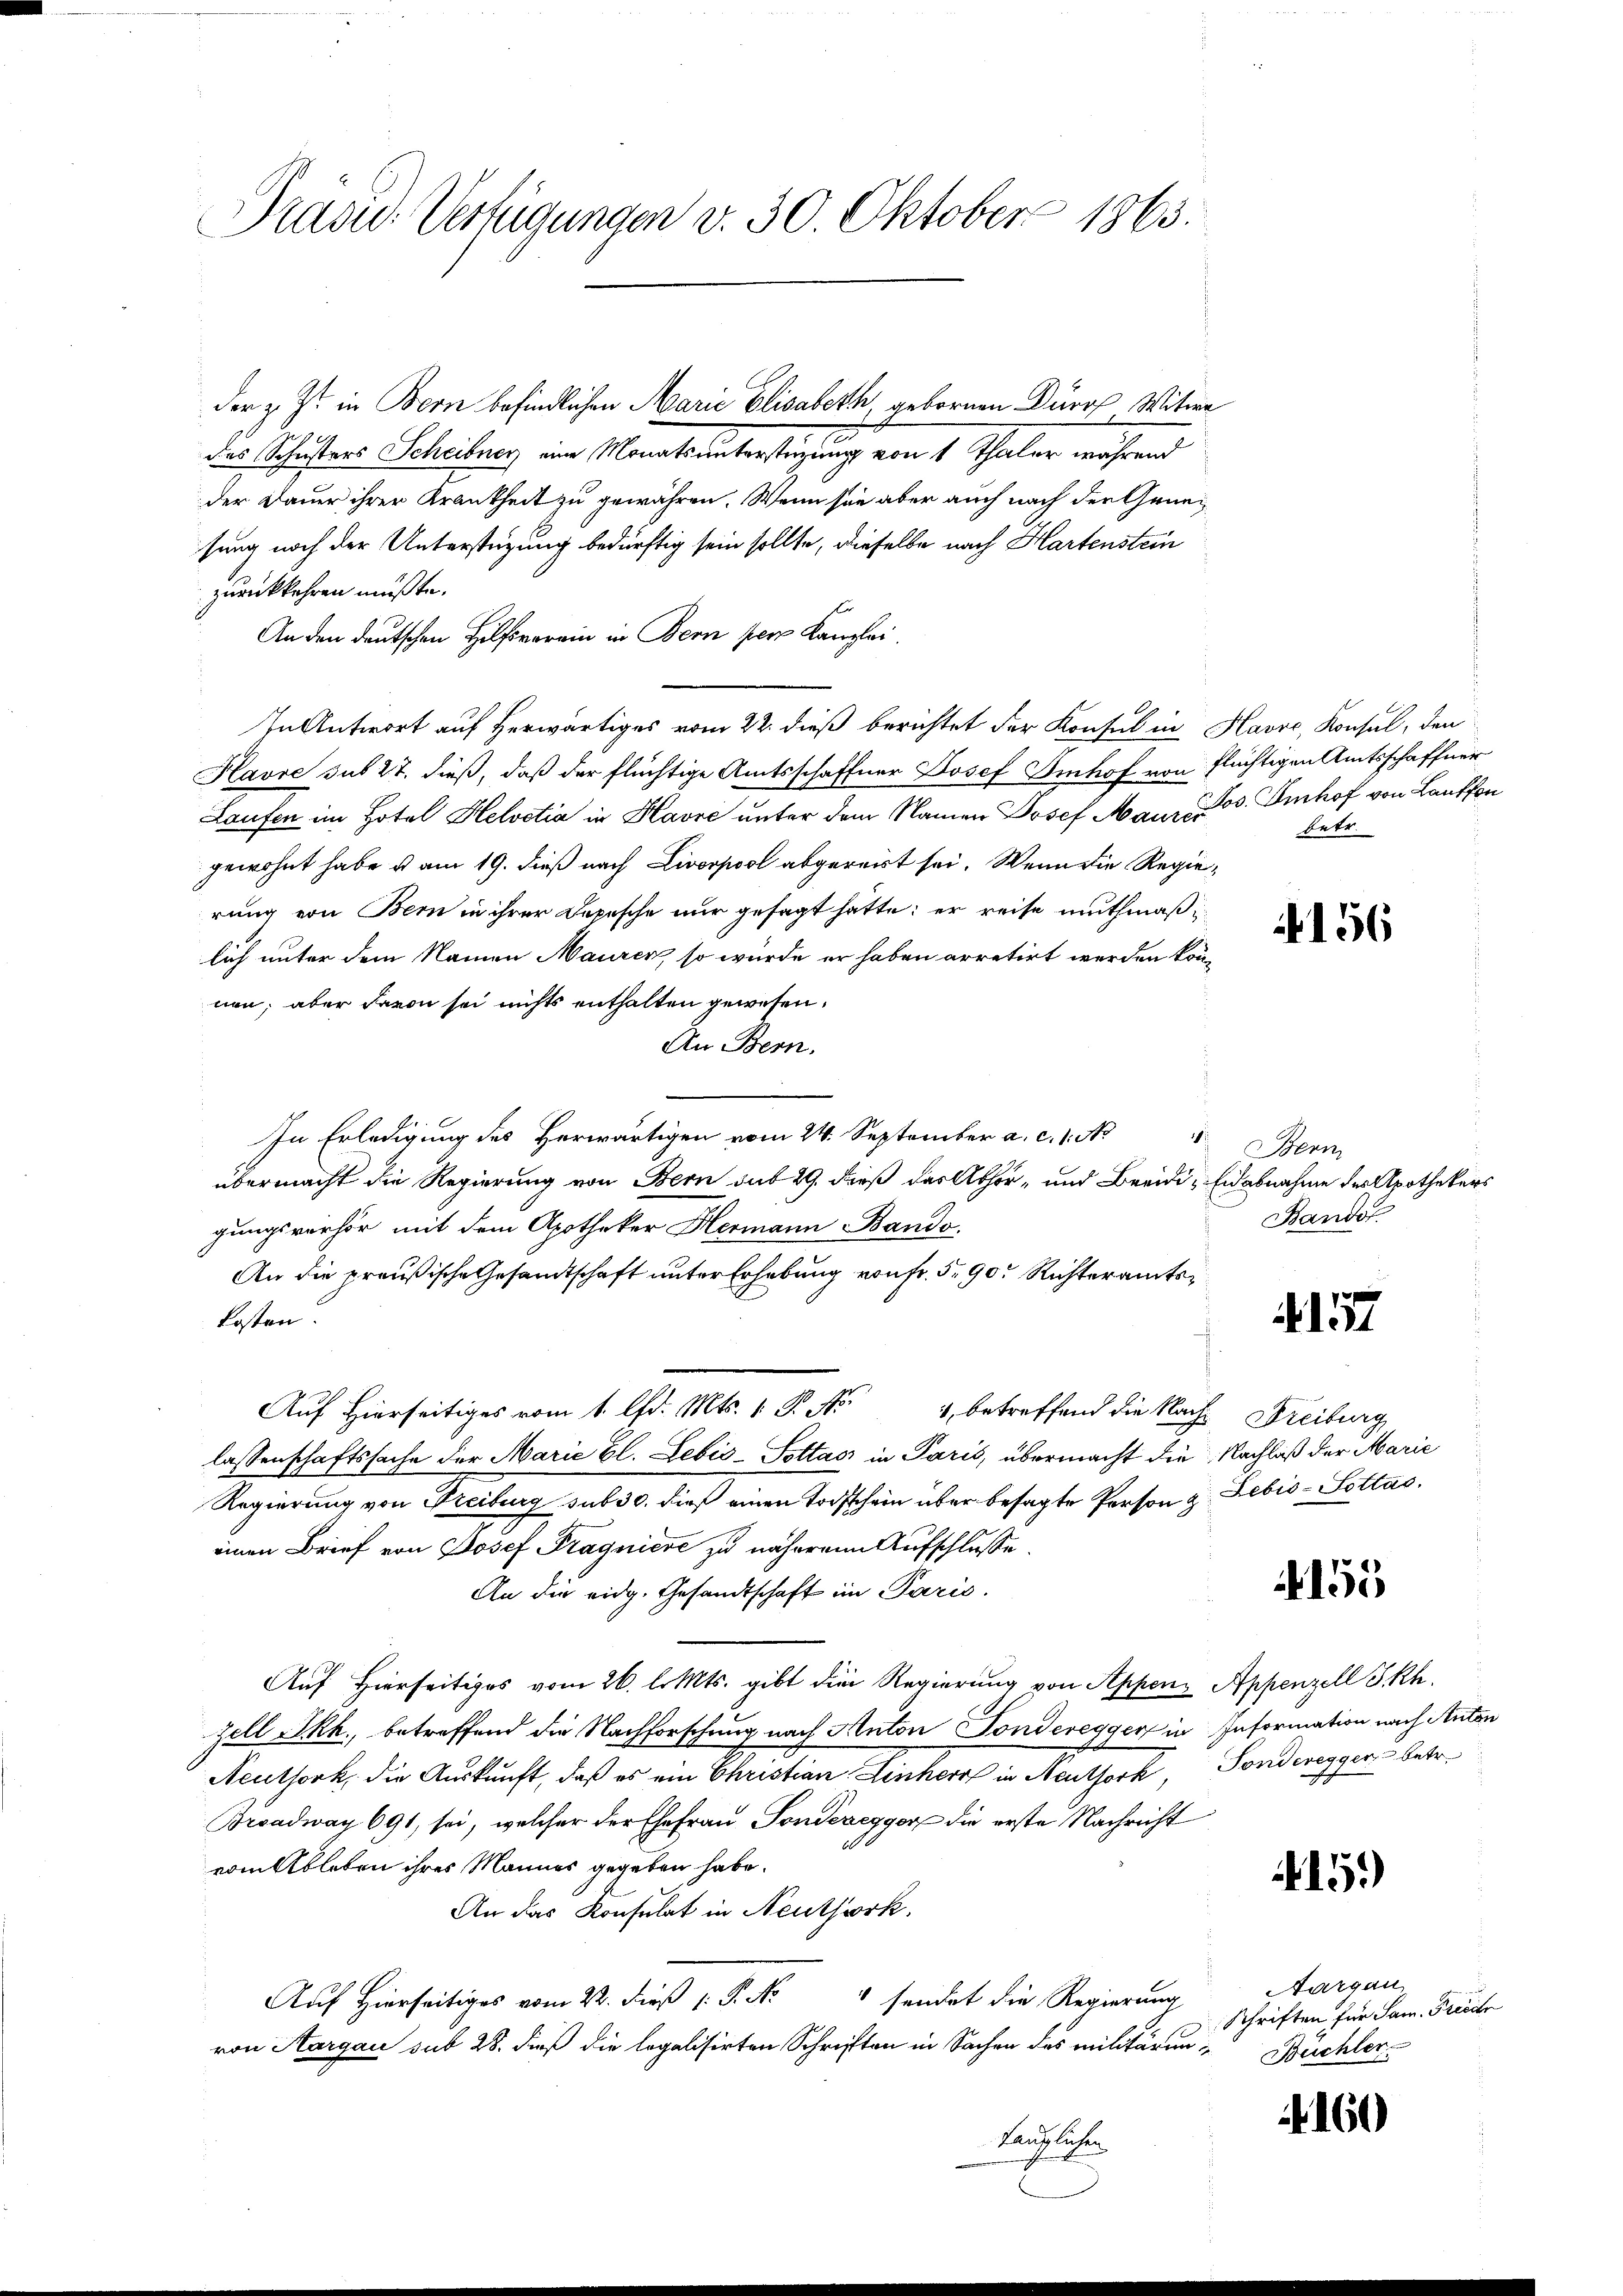
Präsid.. Verfügungen v. 30. Oktober 1863.

der Schistors Schribner im Monatsunterstigung von 1 Thaler während
der Dauer ihrer Krankheit zu gewähren. Wenn sie aber auch nach der Genesung noch der Unterstüzung bedürftig sein sollte, dieselbe nach Hartenstein
zurückkehren müßte.
An den deutschen Hilfsverein in Bern per Kanzlei.
In Antwort auf herwärtiges vom 22. dieß berichtet der Konsul in Havre, Konsul, den
Havre sub 27. dieß, daß der flüchtige Amtsschaffner Josef Imhof von flüchtigen Amtsschaffner
Laufen im Hotel Helvetia in Havre unter dem Namen Josef Maure es. Imhof von Lauffon
gewohnt habe u am 19. dieß nach Livp abgereist sei. Wenn die Regierung von Bern in ihrer Depesche nur gesagt hätte; er reise muthmaßilich unter dem Namen Maurer, so würde er haben arretirt werden könn
non, aber davon sei nichts enthalten gewesen.
An Bern.
.
In Erledigung des Herwärtigen vom 24. September a. c. 1. No
1
übermacht die Regierung von Bern sub 29. dieß das Athor- und Beeidi-Eidabnahme des Apothekers
gungsverhör mit dem Apotheker Hermann Bando.
An die preußische Gesandtschaft unter Erhebung von fr. 5. 90 Richteramtskosten.
Auf Hierseitiges vom 1. lfd. Mts. 1 P. Nr. 4 betreffend die Nach
lassenschaftssache der Marie bl. Lebis-Sottasi in Paris, übermacht die Nachlaß der Marie
Regierung von Freibung sub 30. dieß einen Todtschein über besagte Person z
einen Brief von Josef Pragniere zu näheren Aufschlusse
An die eidg. Gesandtschaft im Paris.
Auf Hierseitiges vom 26. l. Mts. gibt die Regierung von Appens Appenzell I.Rh.
zell Skk., betreffend die Nachforschung nach Anton Tonderegger in Information nach Anton
Neuthork, die Auskunft, daß es ein Christian Linker in Neuthork, Sonderegger betr.
Broadway 691, sei, welcher der Ehefrau Sonderegger die erste Nachricht
vom Ableben ihres Mannes gegeben habe.
An das Konsulat in Neuthork
 sendet die Regierung
Auf Hierseitiges vom 22. dieß P. N
von Aargau sub 28. dieß die legalisirten Schriften in Sachen des militäruntauglichen

der z. Zt. in Bern befindlichen Marie Elisabeth, gebornen Durch Witwe

2

betr.

156

Bern
Bandol

. 157

Freiburg
Lebis-Sottas.

155

15.)

160

Aargau,
Schriften für Sam. Freite
Büchler.